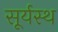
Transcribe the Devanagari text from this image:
सूर्यस्थ